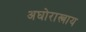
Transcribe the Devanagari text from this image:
अघोरास्त्राय